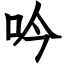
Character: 吟